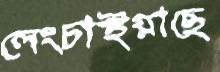
লেংচাইয়াছে